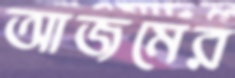
আজমের